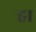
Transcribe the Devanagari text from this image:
र्‍हा